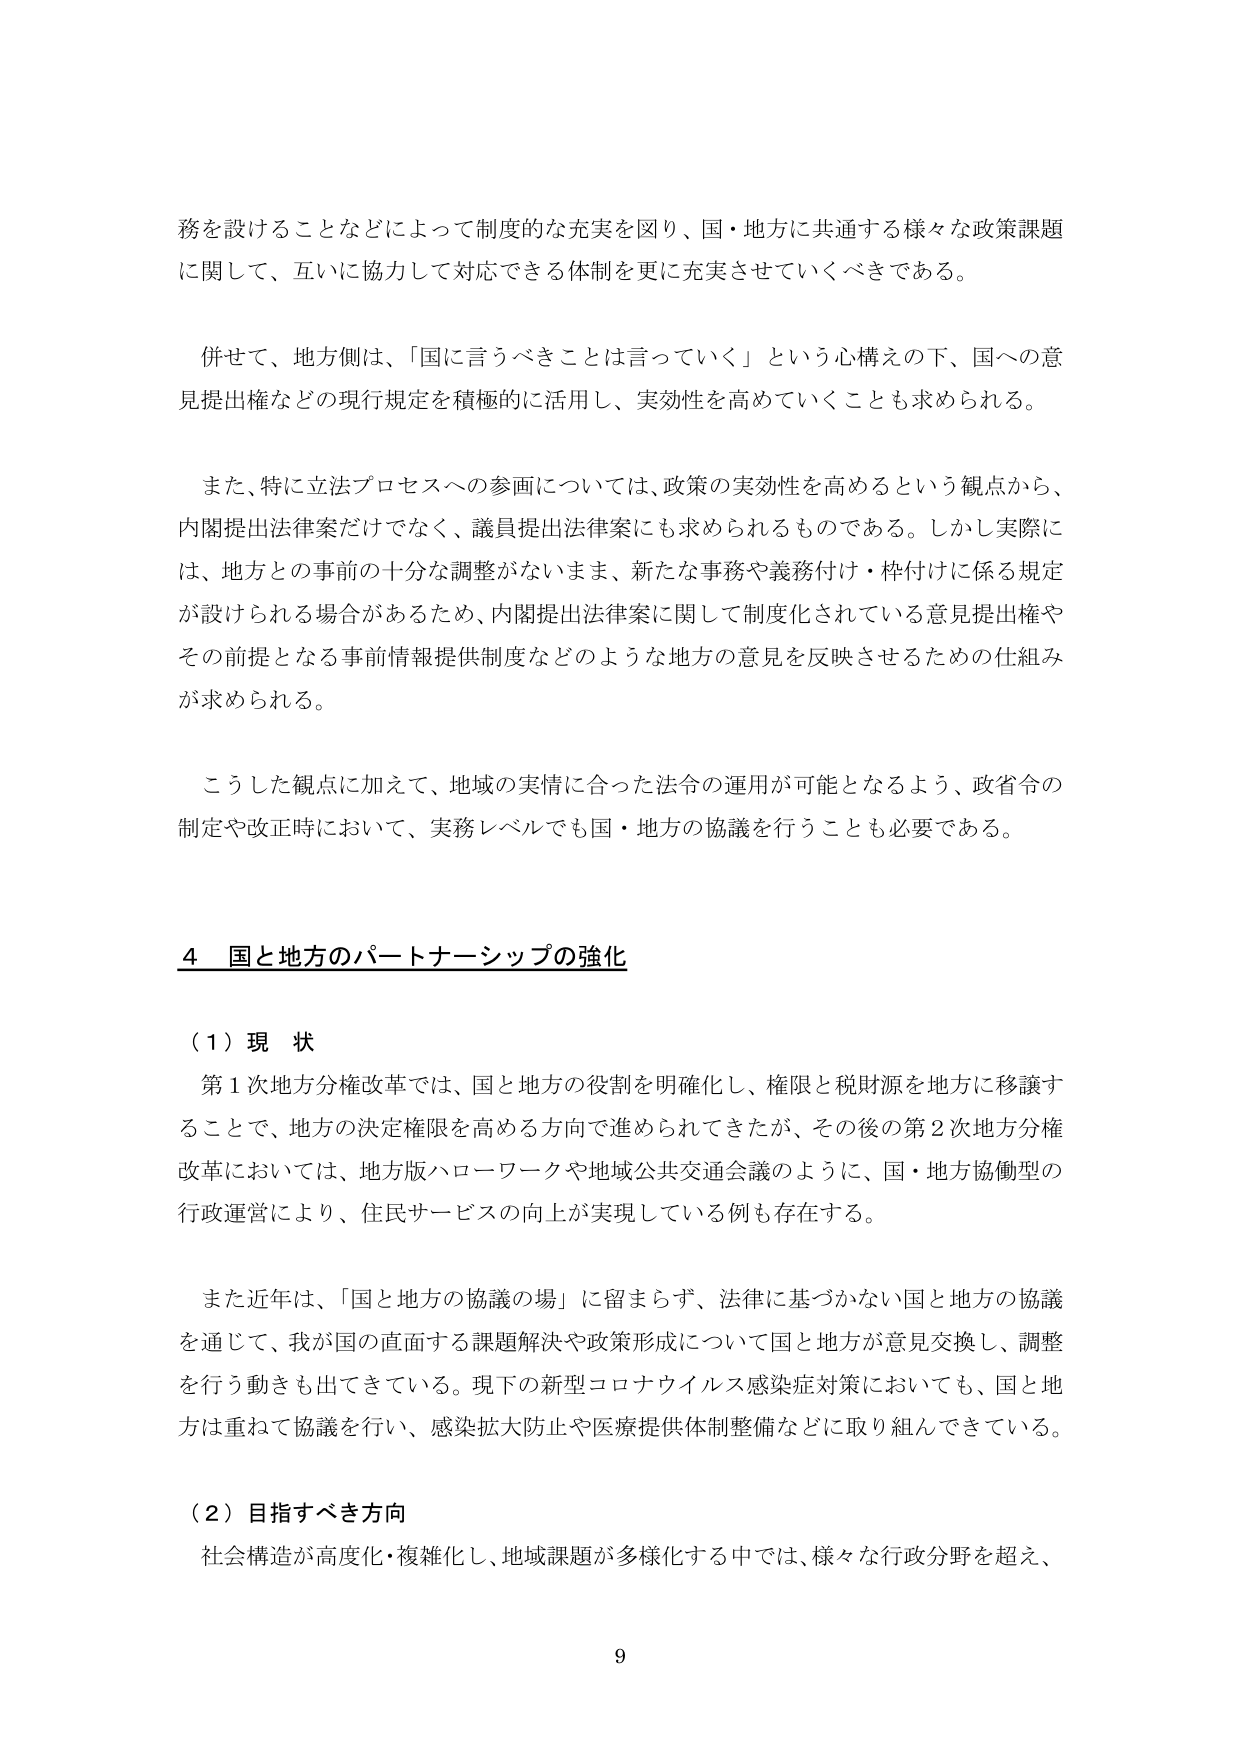
務を設けることなどによって制度的な充実を図り、国・地方に共通する様々な政策課題に関して、互いに協力して対応できる体制を更に充実させていくべきである。

併せて、地方側は、「国に言うべきことは言っていく」という心構えの下、国への意見提出権などの現行規定を積極的に活用し、実効性を高めていくことも求められる。

また、特に立法プロセスへの参画については、政策の実効性を高めるという観点から、内閣提出法律案だけでなく、議員提出法律案にも求められるものである。しかし実際には、地方との事前の十分な調整がないまま、新たな事務や義務付け・枠付けに係る規定が設けられる場合があるため、内閣提出法律案に関して制度化されている意見提出権やその前提となる事前情報提供制度などのような地方の意見を反映させるための仕組みが求められる。

こうした観点に加えて、地域の実情に合った法令の運用が可能となるよう、政省令の制定や改正時において、実務レベルでも国・地方の協議を行うことも必要である。

4 国と地方のパートナーシップの強化

（1）現状

第1次地方分権改革では、国と地方の役割を明確化し、権限と税財源を地方に移譲することで、地方の決定権限を高める方向で進められてきたが、その後の第2次地方分権改革においては、地方版ハローワークや地域公共交通会議のように、国・地方協働型の行政運営により、住民サービスの向上が実現している例も存在する。

また近年は、「国と地方の協議の場」に留まらず、法律に基づかない国と地方の協議を通じて、我が国の直面する課題解決や政策形成について国と地方が意見交換し、調整を行う動きも出てきている。現下の新型コロナウイルス感染症対策においても、国と地方は重ねて協議を行い、感染拡大防止や医療提供体制整備などに取り組んできている。

（2）目指すべき方向

社会構造が高度化・複雑化し、地域課題が多様化する中では、様々な行政分野を超え、
9